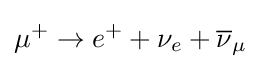
\mu ^{+}\to e^{+}+\nu _{e}+{\overline {\nu }}_{\mu }